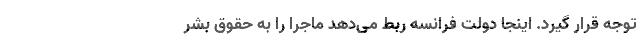
توجه قرار گیرد. اینجا دولت فرانسه ربط می‌دهد ماجرا را به حقوق بشر